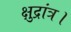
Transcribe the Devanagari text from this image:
क्षुद्रांत्र।